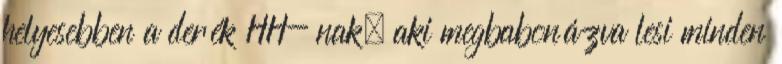
helyesebben a derék HH- nak, aki megbabonázva lesi minden